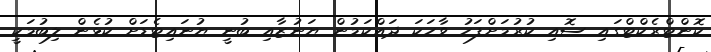
ކޮންޓްރެކްޓްގައި ސޮއި ކުރުމަށްފަހު ވާހަކަ ދައްކަމުން ޔަނުޒާއި ބުނީ ޔުނައިޓެޑަށް ކުޅެން ލިބުމަކީ